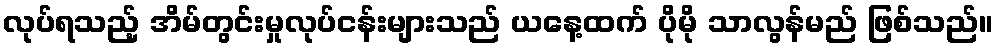
လုပ်ရသည့် အိမ်တွင်းမှုလုပ်ငန်းများသည် ယနေ့ထက် ပိုမို သာလွန်မည် ဖြစ်သည်။